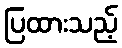
ပြထားသည့်